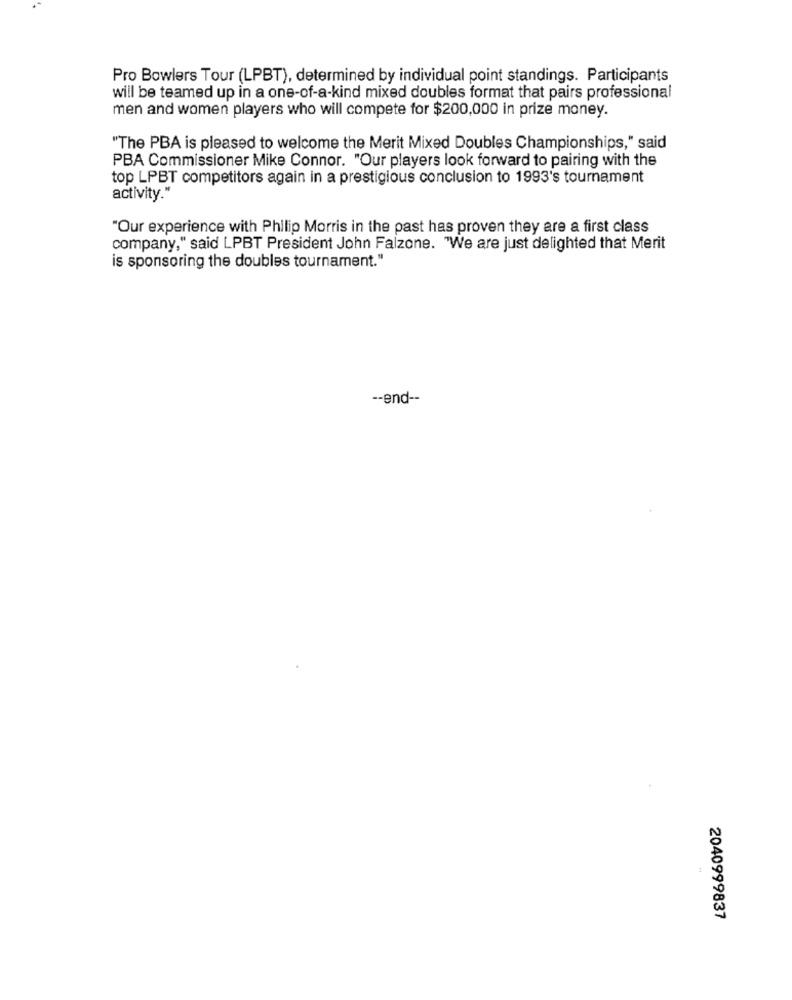
Pro Bowlers Tour (LPBT), determined by individual point standings. Participants
will be teamed up in a one-of-a-kind mixed doubles format that pairs professional
men and women players who will compete for $200,000 in prize money.
"The PBA is pleased to welcome the Merit Mixed Doubles Championships," said
PBA Commissioner Mike Connor. "Our players look forward to pairing with the
top LPBT competitors again in a prestigious conclusion to 1993's tournament
activity."
"Our experience with Philip Morris in the past has proven they are a first class
company," said LPBT President John Falzone. "We are just delighted that Merit
is sponsoring the doubles tournament."
-- end --
2040999837